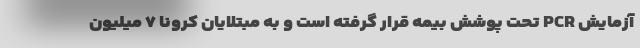
آزمایش PCR تحت پوشش بیمه قرار گرفته است و به مبتلایان کرونا ۷ میلیون